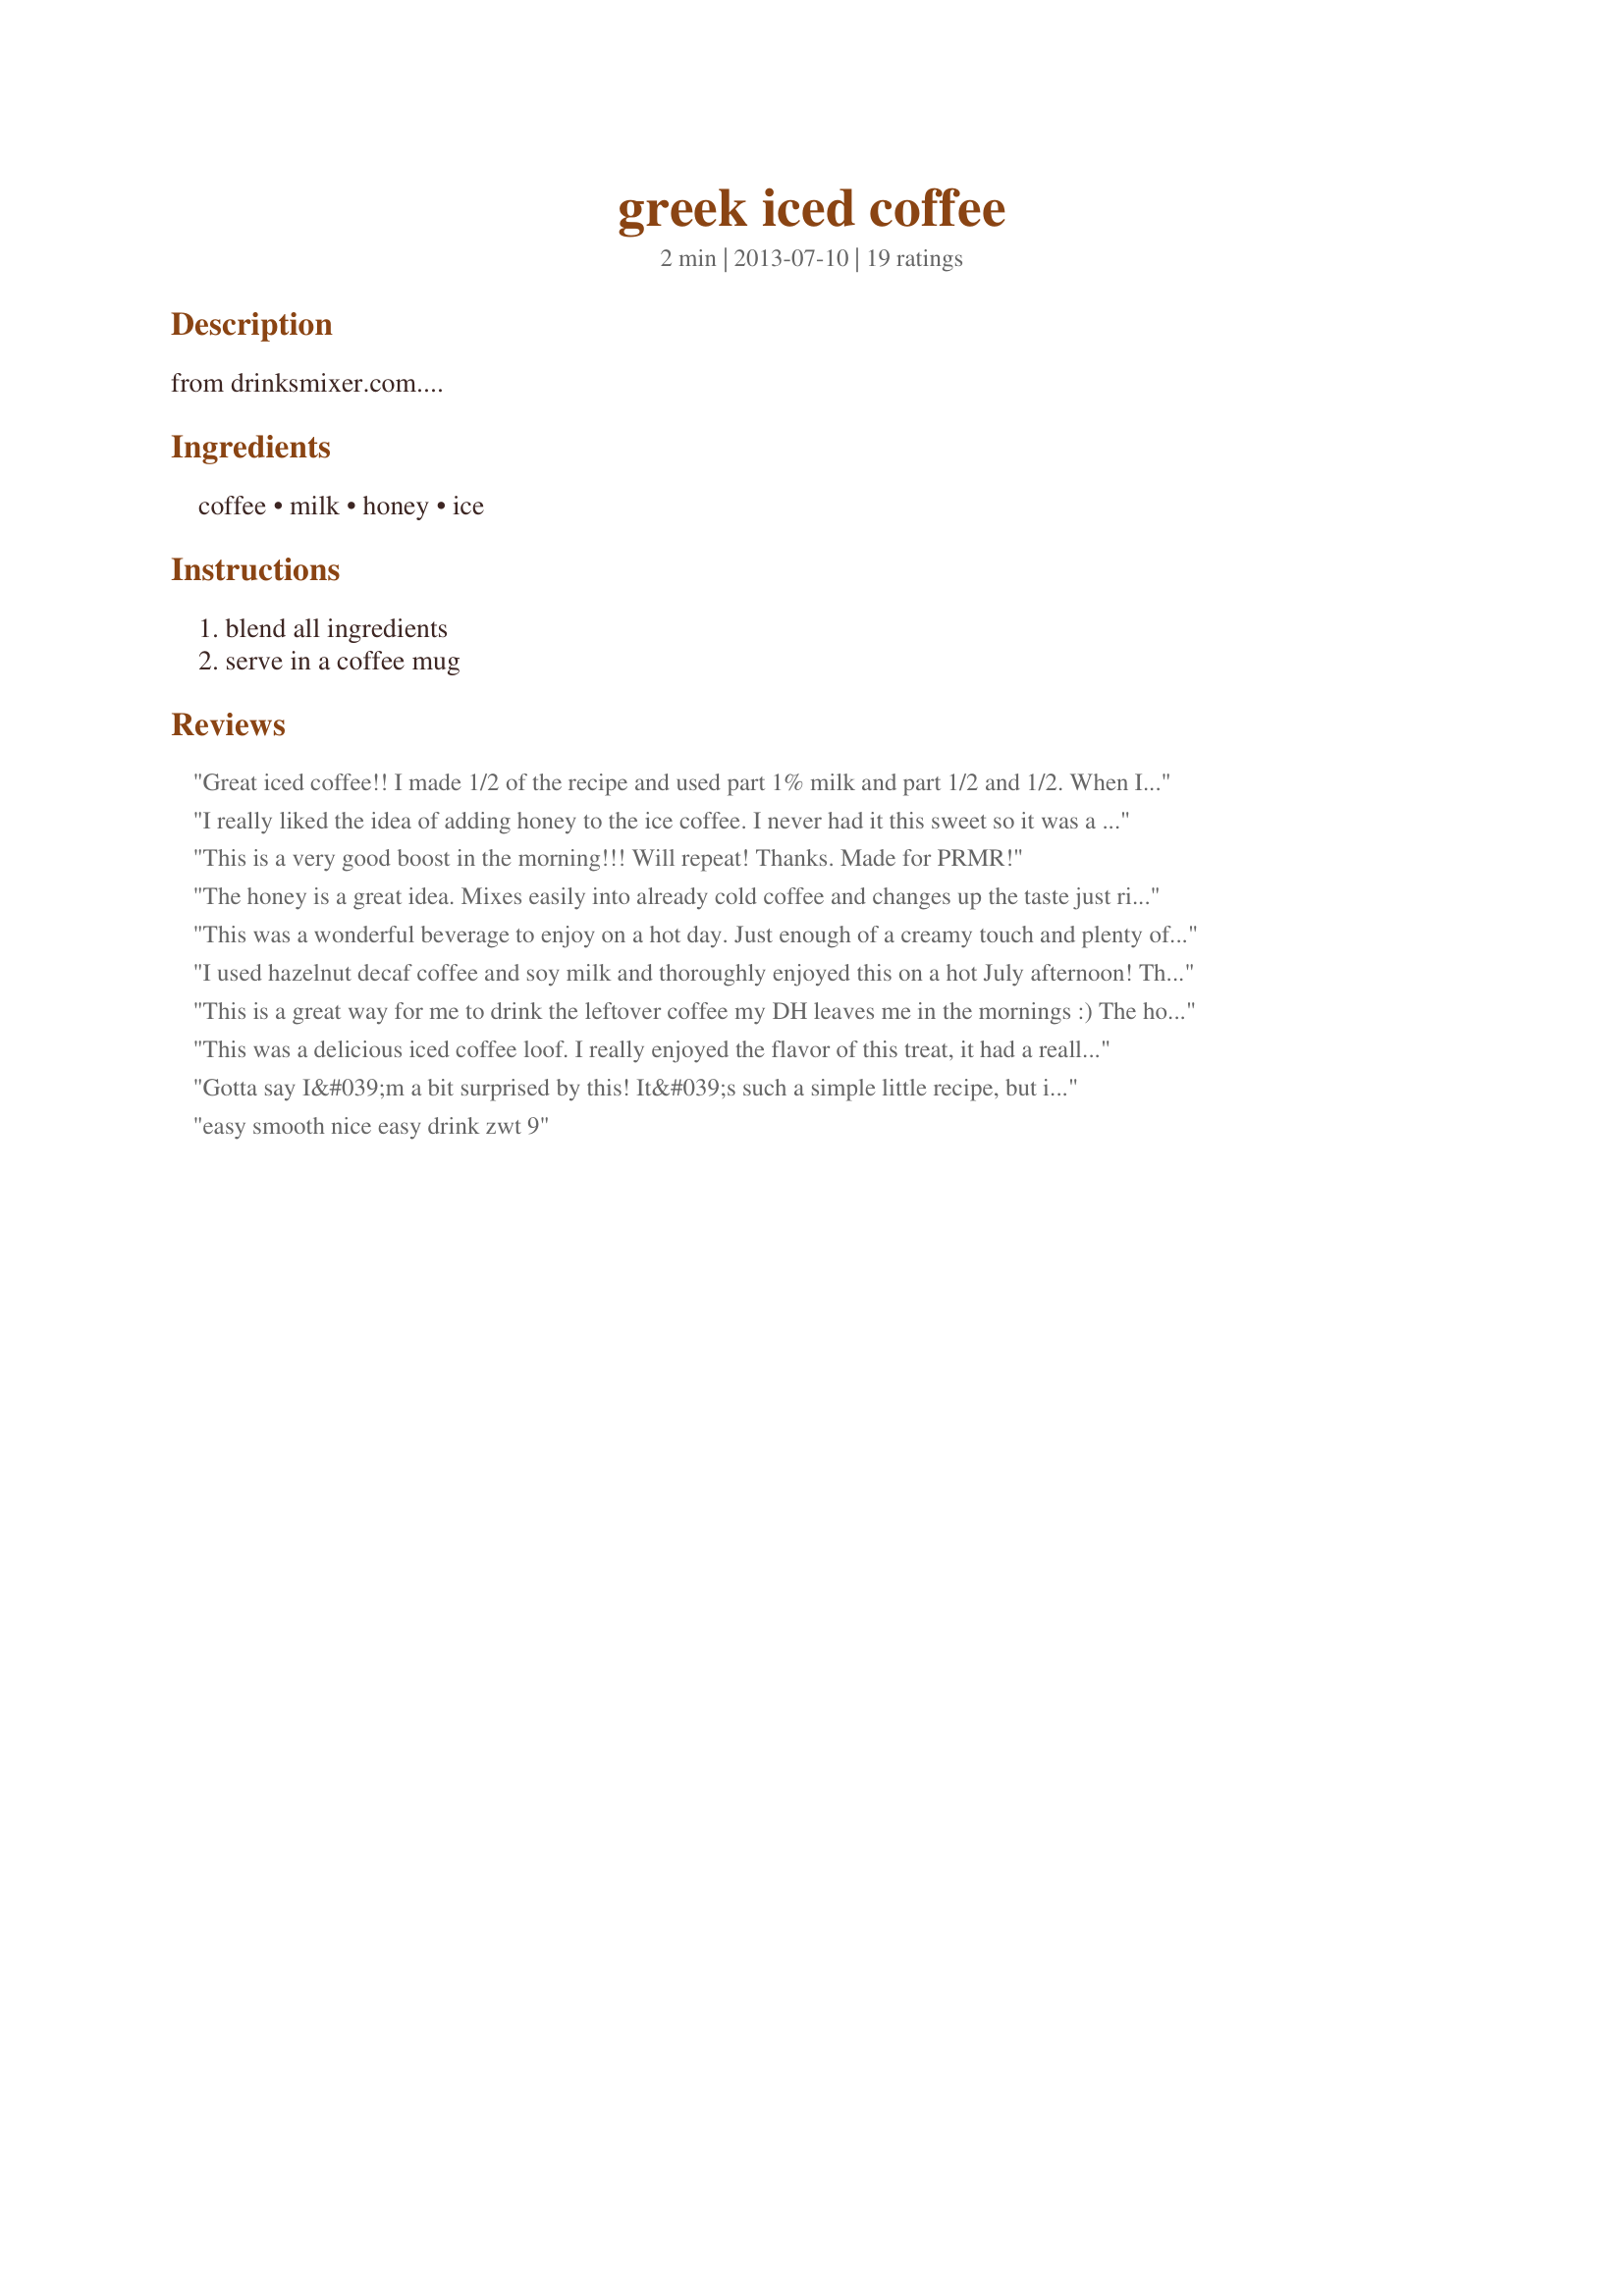
greek iced coffee
Preparation time: 2 minutes

from drinksmixer.com....

Ingredients:
coffee, milk, honey, ice

Steps:
blend all ingredients, serve in a coffee mug

Reviews:
Great iced coffee!! I made 1/2 of the recipe and used part 1% milk and part 1/2 and 1/2. When I went to pour my 1st cup of coffee, I poured 1/4 cup and put it in the refrigerator til this afternoon. I then but all the ingredients, used extra ice, into my mini ninja mixer and it turned out more like a Starbucks Frappuccino. The only problem I had was that the honey didn&#039;t mix in well and ended up in the bottom of my cup. Next time, I would mix the honey in with the hot coffee in the morning and then put it in the fridge. Thanks for sharing the recipe loof!! Made for PRMR Tag Game.
I really liked the idea of adding honey to the ice coffee. I never had it this sweet so it was a real change for me, but it made the coffee lighter, as I&#039;vr always found iced coffee too heavy when it is strong.
This is a very good boost in the morning!!! Will repeat! Thanks. Made for PRMR!
The honey is a great idea. Mixes easily into already cold coffee and changes up the taste just right. I made this vegan for ZWT9 and was not happy with the results. I used agave syrup, which I felt didn&#039;t add enough flavor, and almond milk. The almond milk was so thin, that if I was making it agiain I would just replace all the water used in making the coffee with almond milk.
This was a wonderful beverage to enjoy on a hot day. Just enough of a creamy touch and plenty of coffee flavor. It really does needs to be blended though, because otherwise the honey will just thicken against the frozen crushed ice and not flavor the drink well. But once blended, the flavors meld well together to create a wonderful iced coffee drink. Thank you for sharing your recipe, loof. Made for ZWT #9 (Greece).
I used hazelnut decaf coffee and soy milk and thoroughly enjoyed this on a hot July afternoon! Thanks for posting! Made for ZWT#9 by team Hot Stuff!
This is a great way for me to drink the leftover coffee my DH leaves me in the mornings :) The honey dissolves better than sugar and adds a nicer flavor. I really enjoyed this today and will be making it alot more often!
This was a delicious iced coffee loof. I really enjoyed the flavor of this treat, it had a really nice balance. It was quick and really easy to make. Thank you for sharing a recipe that I will enjoy often. Made for ZWT9. Update: Today, its so hot here that I was feeling lazy, so I threw all the ingredients into the blender and enjoyed this lovely coffee as a slushy. Wanted you to know that it was wonderful. Thanks again :lol:
Gotta say I&#039;m a bit surprised by this! It&#039;s such a simple little recipe, but it&#039;s sooooo good! I just threw all the ingredients into the magic bullet for a few seconds until it turned slushy. Sprinkled a bit of cinnamon on top. Yum! The foam separated from the coffee in the pics, but it was still a nice looking drink! The honey is very subtle but enough to make a difference. Delish!
easy smooth nice easy drink zwt 9
Happy sipped down every drop. Loved the light honey under tones and how quick and easy this was to make. Thanks for the Great start to the day.
Delicious iced coffee recipe! I&#039;ve never tried honey in my coffee before, so this was very new to me. Tasted great. I blended it for a couple minutes to get it nice and frothy. Not too sweet and very refreshing. Thanks for posting the recipe.
This recipe couldn&#039;t have entered my life on a better day! It is meltingly hot outside and my kiddos were begging for a trip to the park, so I threw this together quickly in my individual sized blender and we hit the road. It was so cool and refreshing for a hot morning at the park :). I reduced the honey a bit because I don&#039;t like my coffee too sweet, but otherwise kept the recipe as is. Thanks, loof! Made for ZWT 9, for the Gourmet Goddesses.
I&#039;m with the other reviewers - I was very surprised at how good this simple recipe is! In fact it was fantastic. I reduced the honey to 1 1/2 teaspoon and used soy milk - so yummy!!! Thanks for sharing this treat my dear fellow Apron String Traveler :)&lt;br/&gt;Made for ZWT 9 Family Picks for The Apron String Travelers
Oh, how I needed this today! !00 degrees here. Very good, easily could be sold at Starbucks! Made for ZWT9
Delish. Thanks much for the coffee my friend. This was lovely on this bright warm morning. It&#039;s lightly sweet, creamy and of so good. Loved every drop and will be enjoying this again soon. :D
The temperature was over 90 today and having left over coffee from breakfast this was a cooling way to use it. I made a double batch using almond milk and eyeballing the honey. The ingredients were placed in the Vita-Mix with a generous amount of ice cubes and given a whirl. The result was a Starbucks quality iced coffee without the price or the guilt. Made for ZWT9.
Iced coffee is called a &#039;frappe&#039; here (there should be an accent on the &#039;e&#039;, but my keyboard won&#039;t do it!LOL). I think a very lightly-flavoured honey is more appropriate to allow the coffee to star. I used greek thyme honey, which did overpower the drink. I do love my iced coffee in summer, and I appreciated the little &#039;trick&#039; of using honey instead of sugar.
I have to admit, I drank the first cup warm after tasting it this morning. It was just so cozy-tasting that I couldn&#039;t resist drinking it. Then this afternoon I made it the right way with ice. I like it equally both ways! I mixed the honey into the strong, hot coffee after brewing to ensure it would mix in all the way. Then I added mostly fat free half-and-half instead of all milk, because my milk is only 1%. (Just a personal preference.) It is creamy and not so awfully sweet, and very comforting! I will make this often. Thanks loof, for a keeper recipe! ZWT9
